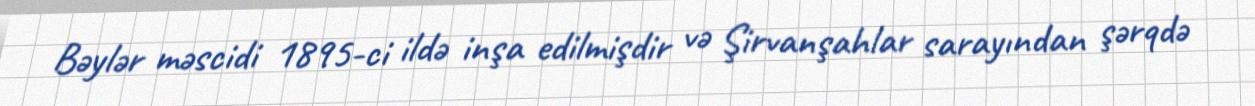
Bəylər məscidi 1895-ci ildə inşa edilmişdir və Şirvanşahlar sarayından şərqdə